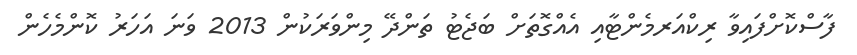
ފާސްކޮށްފައިވާ ރިކްއަރމެންޓާއި އެއްގޮތަށް ބަޖެޓު ތަންދޭ މިންވަރަކުން 2013 ވަނަ އަހަރު ކޮންމެހެން